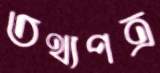
তথ্যপত্র